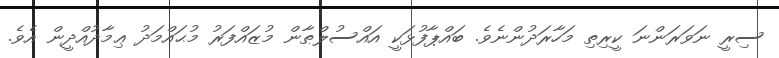
ސިރީ ނަވަރަންނަ ކީރިތި މަހާރަދުންނެވެ. ބައްޕާފުޅަކީ އައްސުލްޠާން މުޒައްފަރު މުޙައްމަދު ޢިމާދުއްދީން އެވެ.